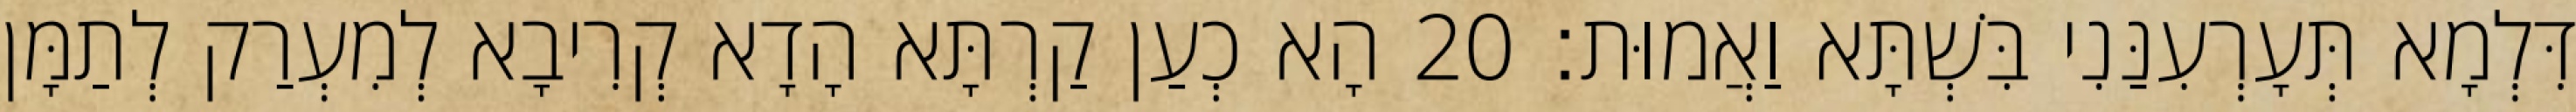
דִּלְמָא תְּעָרְעִנַּנִי בִּשְׁתָּא וַאֲמוּת׃ 20 הָא כְעַן קַרְתָּא הָדָא קְרִיבָא לְמִעְרַק לְתַמָּן